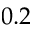
0 . 2